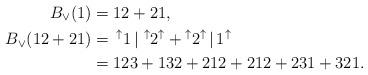
LaTeX: \begin{align*} B_\vee(1)=&\;12+21,\\ B_\vee(12+21)=&\;\prescript{\uparrow}{}{1}\,\vert\,\prescript{\uparrow}{}{2}^{\uparrow}+\prescript{\uparrow}{}{2}^{\uparrow}\,\vert\,1^{\uparrow}\\ =&\;123+132+212+212+231+321. \end{align*}